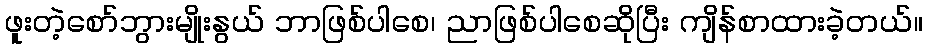
ဖူးတဲ့စော်ဘွားမျိုးနွယ် ဘာဖြစ်ပါစေ၊ ညာဖြစ်ပါစေဆိုပြီး ကျိန်စာထားခဲ့တယ်။